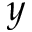
y